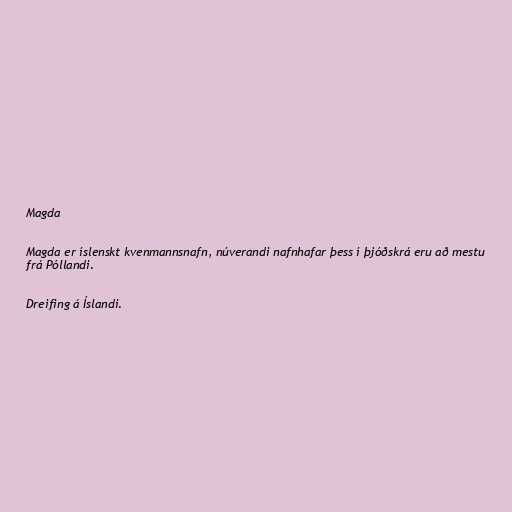
Magda

Magda er íslenskt kvenmannsnafn, núverandi nafnhafar þess í þjóðskrá eru að mestu
frá Póllandi.

Dreifing á Íslandi.